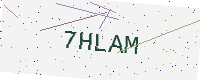
Text: 7HLAM